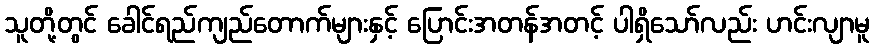
သူတို့တွင် ခေါင်ရည်ကျည်တောက်များနှင့် ပြောင်းအတန်အတင့် ပါရှိသော်လည်း ဟင်းလျာမူ